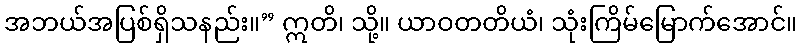
အဘယ်အပြစ်ရှိသနည်း။” ဣတိ၊ သို့။ ယာဝတတိယံ၊ သုံးကြိမ်မြောက်အောင်။